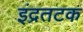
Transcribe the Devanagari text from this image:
इंद्रतटक